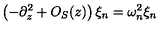
\left( - \partial _ { z } ^ { 2 } + O _ { S } ( z ) \right) \xi _ { n } = \omega _ { n } ^ { 2 } \xi _ { n }